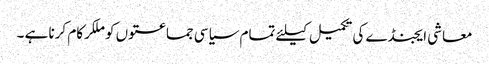
معاشی ایجنڈے کی تکمیل کیلئے تمام سیاسی جماعتوں کو ملکرکام کرنا ہے ۔